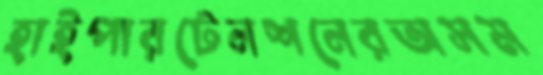
হাইপারটেনশনেরঅসম